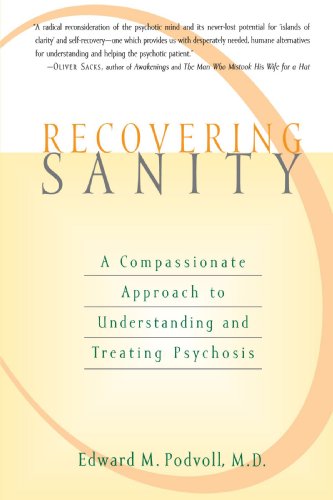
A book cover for Recovering Sanity: A Compassionate Approach to Understanding and Treating Pyschosis; E Podvoll; Health, Fitness & Dieting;